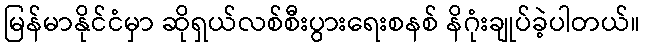
မြန်မာနိုင်ငံမှာ ဆိုရှယ်လစ်စီးပွားရေးစနစ် နိဂုံးချုပ်ခဲ့ပါတယ်။